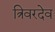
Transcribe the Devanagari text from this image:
त्रिवरदेव